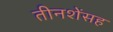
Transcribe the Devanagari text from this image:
तीनशेंसह